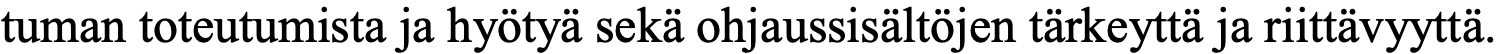
tuman toteutumista ja hyötyä sekä ohjaussisältöjen tärkeyttä ja riittävyyttä.